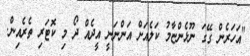
"އަހަރެން ގޭގަ ނޫޅެންޏާމު ކަލެއަށް އަންނަނީ އީދެއް ދޯ މި ކޮޓަރި ތެރެއިން.